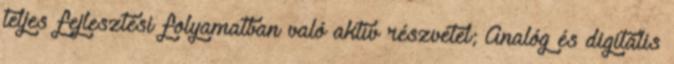
teljes fejlesztési folyamatban való aktív részvétel; Analóg és digitális